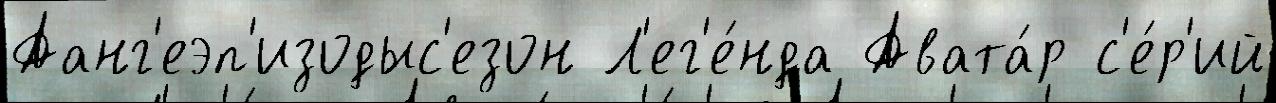
Аанг'еэп'изодыс'езон Л'ег'е́нда Авата́р с'е́р'ий